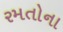
રમતોના